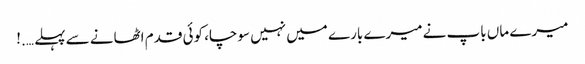
میرے ماں باپ نے میرے بارے میں نہیں سوچا، کوئی قدم اٹھانے سے پہلے ….!